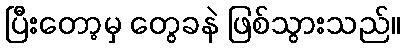
ပြီးတော့မှ တွေခနဲ ဖြစ်သွားသည်။